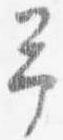
予